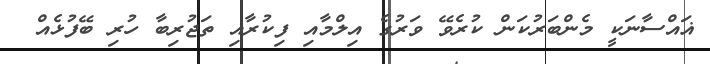
ޣައްސާނަކީ މެންބަރުކަން ކުރެވޭ ވަރުގެ އިލްމާއި ފިކުރާއި ތަޖުރިބާ ހުރި ބޭފުޅެއް